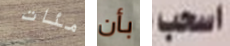
مئات بأن اسحب